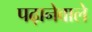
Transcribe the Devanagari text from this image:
पढ़ानेवाले